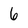
Character: 6